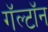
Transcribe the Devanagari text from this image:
गॅल्टॉन